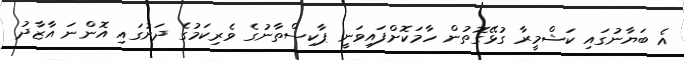
އެ ބަޔާނުގައި ކަޝްމީރާ ގުޅޭގޮތުން ހާމަކޮށްފައިވަނީ ޕާކިސްތާނުގެ ވެރިކަމުގެ ދަށުގައި އޮންނަ އާޒާދު